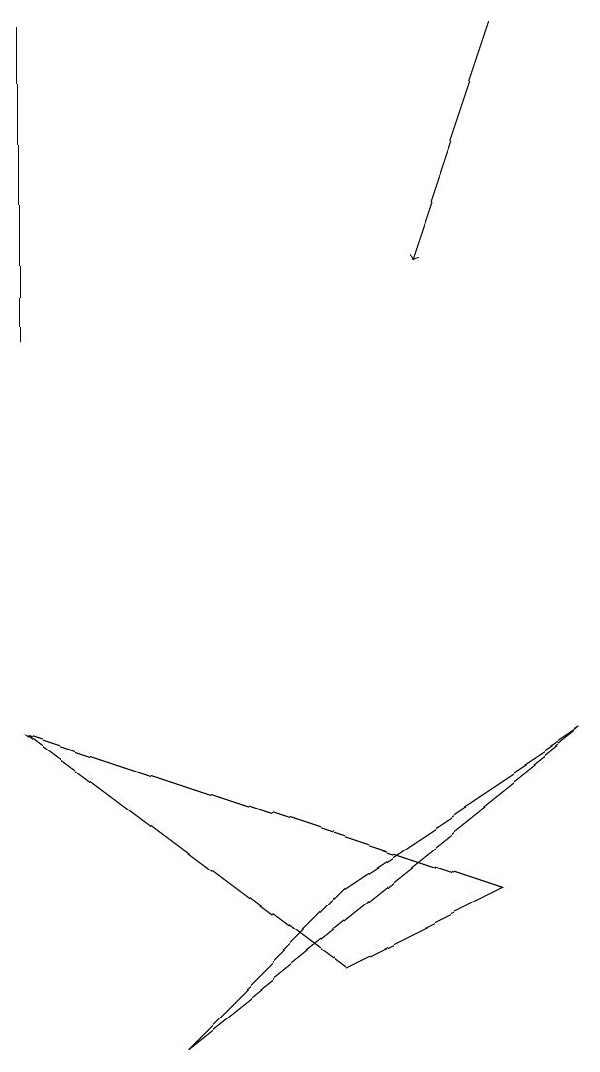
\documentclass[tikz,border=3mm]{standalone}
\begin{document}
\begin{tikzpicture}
\draw (0,7) -- (6,5) -- (4,4) -- cycle;
\draw[->] (6,16) -- (5,13);
\draw (0,12) rectangle (0,16);
\draw (2,3) -- (4,5) -- (7,7) -- cycle;
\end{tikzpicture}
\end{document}